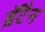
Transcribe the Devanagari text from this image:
ब्रॅटैन